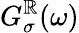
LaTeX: G_{\sigma}^{\mathbb{R}}(\omega)